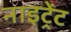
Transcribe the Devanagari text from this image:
नाइट्रेंट